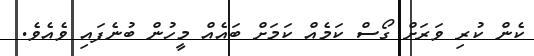
ކެން ކުރި ވަރަށް ގޯސް ކަމެއް ކަމަށް ބައެއް މީހުން ބުނެފައި ވެއެވެ.